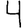
Digit: 4